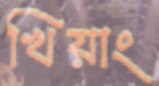
খিয়াং